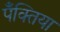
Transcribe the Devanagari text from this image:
पँक्तिया